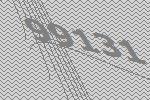
99131